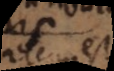
autem est